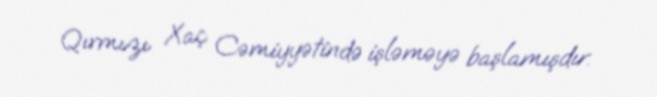
Qırmızı Xaç Cəmiyyətində işləməyə başlamışdır.